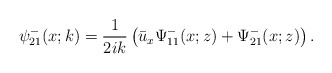
\begin{align*}\psi^-_{21}(x;k)=\frac{1}{2ik}\left(\bar{u}_x \Psi^-_{11}(x;z)+\Psi^-_{21}(x;z)\right).\end{align*}